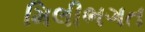
મિલીભગત